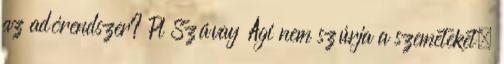
az adórendszer? Pl Szávay Ági nem szúrja a szemeteket,